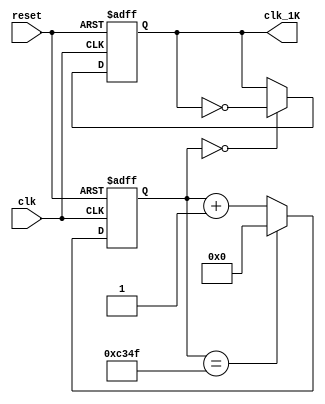
module clk_gen(
    clk, 
    reset, 
    clk_1K
);

input           clk;
input           reset;
output          clk_1K;

reg             clk_1K;

parameter   CNT = 16'd50000;

reg     [15:0]  count;

always @(posedge clk or posedge reset)
begin
    if(reset) begin
        clk_1K <= 1'b0;
        count <= 16'd0;
    end
    else begin
        count <= (count==CNT-16'd1) ? 16'd0 : count + 16'd1;
        clk_1K <= (count==16'd0) ? ~clk_1K : clk_1K;
    end
end

endmodule